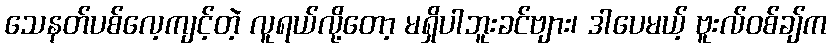
သေနတ်ပစ်လေ့ကျင့်တဲ့ လူရယ်လို့တော့ မရှိပါဘူးခင်ဗျား၊ ဒါပေမယ့် ဗူးလ်ဝစ်ချ်က